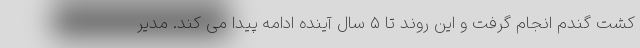
کشت گندم انجام گرفت و این روند تا ۵ سال آینده ادامه پیدا می کند. مدیر